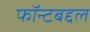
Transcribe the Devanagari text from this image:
फॉन्टबद्दल